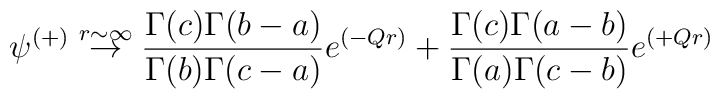
\psi^{(+)} \stackrel{r \sim \infty}{\rightarrow}	{ {\Gamma(c)\Gamma(b-a)} \over {\Gamma(b)\Gamma(c-a)} }	e^{(-Qr)} +        { {\Gamma(c)\Gamma(a-b)} \over {\Gamma(a)\Gamma(c-b)} }	e^{(+Qr)}